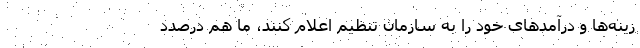
زینه‌ها و درآمدهای خود را به سازمان تنظیم اعلام کنند، ما هم درصدد